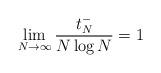
LaTeX: \begin{align*}\lim\limits_{N\rightarrow \infty}\frac{t^{-}_{N}}{N\log N} = 1 \end{align*}